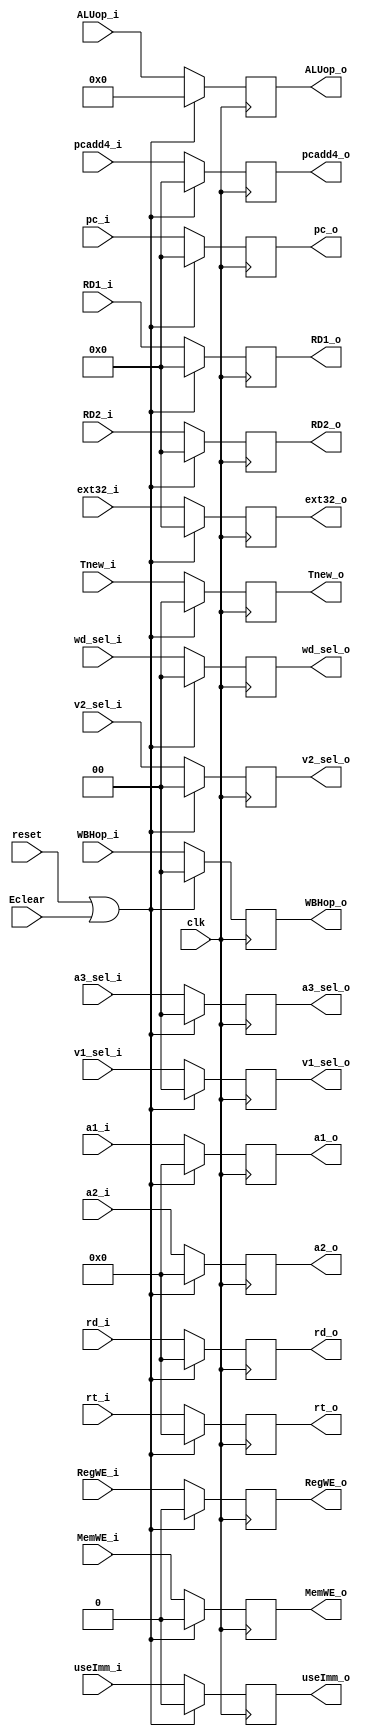
module E(
    input Eclear,
	input [31:0] pc_i,
    input [4:0] a1_i,
    input [4:0] a2_i,
    input clk,
    input reset,
    input useImm_i,
    input [3:0] ALUop_i,
	input [1:0] WBHop_i,
    input RegWE_i,
    input [1:0] a3_sel_i,
    input MemWE_i,
    input [1:0] Tnew_i,
    input [31:0] RD1_i,
    input [31:0] RD2_i,
    input [1:0] v1_sel_i,
    input [1:0] v2_sel_i,
    input [1:0] wd_sel_i,
    input [31:0] ext32_i,
    input [4:0] rt_i,
    input [4:0] rd_i,
    input [31:0] pcadd4_i,
	
	output reg [31:0] pc_o,
    output reg [4:0] a1_o,
    output reg [4:0] a2_o,
    output reg useImm_o,
    output reg [3:0] ALUop_o,
	output reg [1:0] WBHop_o,
    output reg RegWE_o,
    output reg [1:0] a3_sel_o,
    output reg MemWE_o,
    output reg [1:0] Tnew_o,

    output reg [31:0] RD1_o,
    output reg [31:0] RD2_o,
    output reg [1:0] v1_sel_o,
    output reg [1:0] v2_sel_o,
    
    output reg [1:0] wd_sel_o,
    output reg [31:0] ext32_o,
    output reg [4:0] rt_o,
    output reg [4:0] rd_o,
    output reg [31:0] pcadd4_o
);

always @(posedge clk) begin
    if (reset == 1 || Eclear == 1) begin
        useImm_o <= 0;
        ALUop_o <= 0;
        RegWE_o <= 0;
        a3_sel_o <= 0;
        MemWE_o <= 0;
        Tnew_o <= 0;
        RD1_o <= 0;
        RD2_o <= 0;
        v1_sel_o <= 0;
        v2_sel_o <= 0;
        wd_sel_o <= 0;
        ext32_o <= 0;
        rt_o <= 0;
        rd_o <= 0;
        pcadd4_o <= 0;
		pc_o <= 0;
        a1_o <= 0;
        a2_o <= 0;
		WBHop_o <= 0;
    end else begin
            useImm_o <= useImm_i;
            ALUop_o <= ALUop_i;
			WBHop_o <= WBHop_i;
            RegWE_o <= RegWE_i;
            a3_sel_o <= a3_sel_i;
            MemWE_o <= MemWE_i;
            Tnew_o <= Tnew_i;
            RD1_o <= RD1_i;
            RD2_o <= RD2_i;
            v1_sel_o <= v1_sel_i;
            v2_sel_o <= v2_sel_i;
            wd_sel_o <= wd_sel_i;
            ext32_o <= ext32_i;
            rt_o <= rt_i;
            rd_o <= rd_i;
            pcadd4_o <= pcadd4_i;
			pc_o <= pc_i;
            a1_o <= a1_i;
            a2_o <= a2_i;
    end
end
endmodule